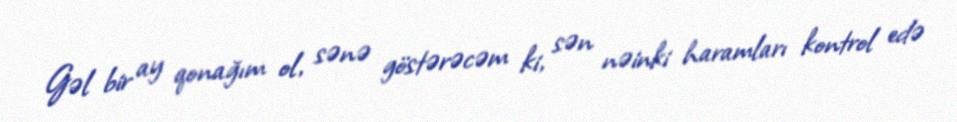
Gəl bir ay qonağım ol, sənə göstərəcəm ki, sən nəinki haramları kontrol edə